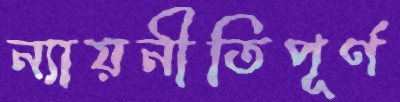
ন্যায়নীতিপূর্ণ